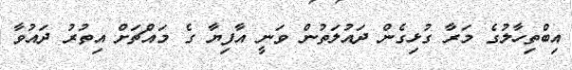
އިބްތިހާލުގެ މަރާ ގުޅިގެން ދައުލަތުން ވަނީ އާފިޔާ ގެ މައްޗަށް އިތުރު ދައުވާ